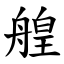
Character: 艎